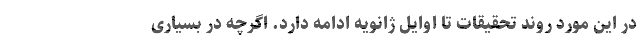
در این مورد روند تحقیقات تا اوایل ژانویه ادامه دارد. اگرچه در بسیاری